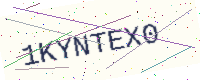
Text: 1KYNTEX0